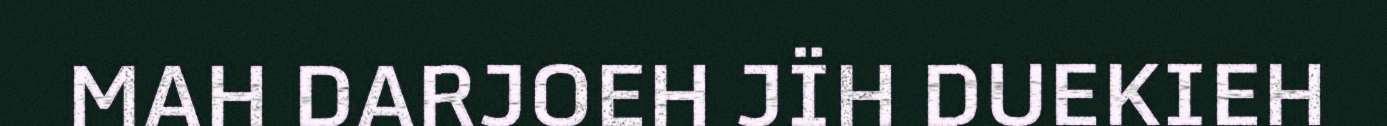
MAH DARJOEH JÏH DUEKIEH